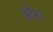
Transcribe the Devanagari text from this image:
ओरा